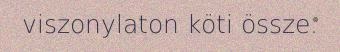
viszonylaton köti össze.